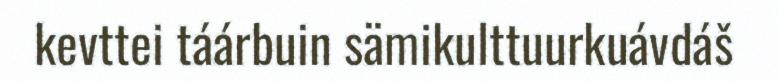
kevttei táárbuin sämikulttuurkuávdáš